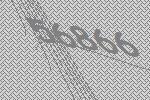
56866